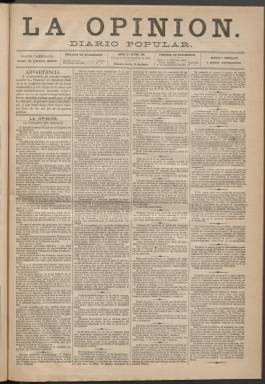
Título: La Opinión (Madrid. 1881)
Colección: Periódicos
Ámbito geográfico: Madrid
Lugar de publicación: Madrid
Fechas: 17/11/1881-31/12/1881